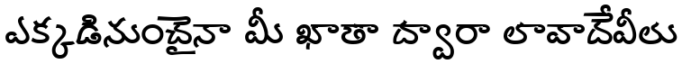
ఎక్కడినుంచైనా మీ ఖాతా ద్వారా లావాదేవీలు